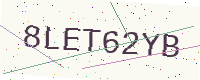
Text: 8LET62YB